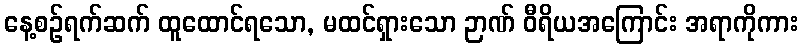
နေ့စဉ်ရက်ဆက် ထူထောင်ရသော, မထင်ရှားသော ဉာဏ် ဝီရိယအကြောင်း အရာကိုကား